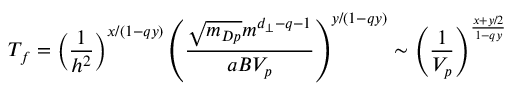
T _ { f } = \left( \frac { 1 } { h ^ { 2 } } \right) ^ { x / ( 1 - q y ) } \left( \frac { \sqrt { m _ { D p } } m ^ { d _ { \perp } - q - 1 } } { a B V _ { p } } \right) ^ { y / ( 1 - q y ) } \sim \left( \frac { 1 } { V _ { p } } \right) ^ { \frac { x + y / 2 } { 1 - q y } }